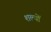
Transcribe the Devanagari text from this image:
शल्यों